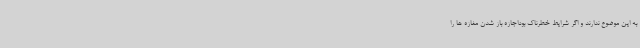
به این موضوع ندارند و اگر شرایط خطرناک بوداجازه باز شدن مغازه ها را